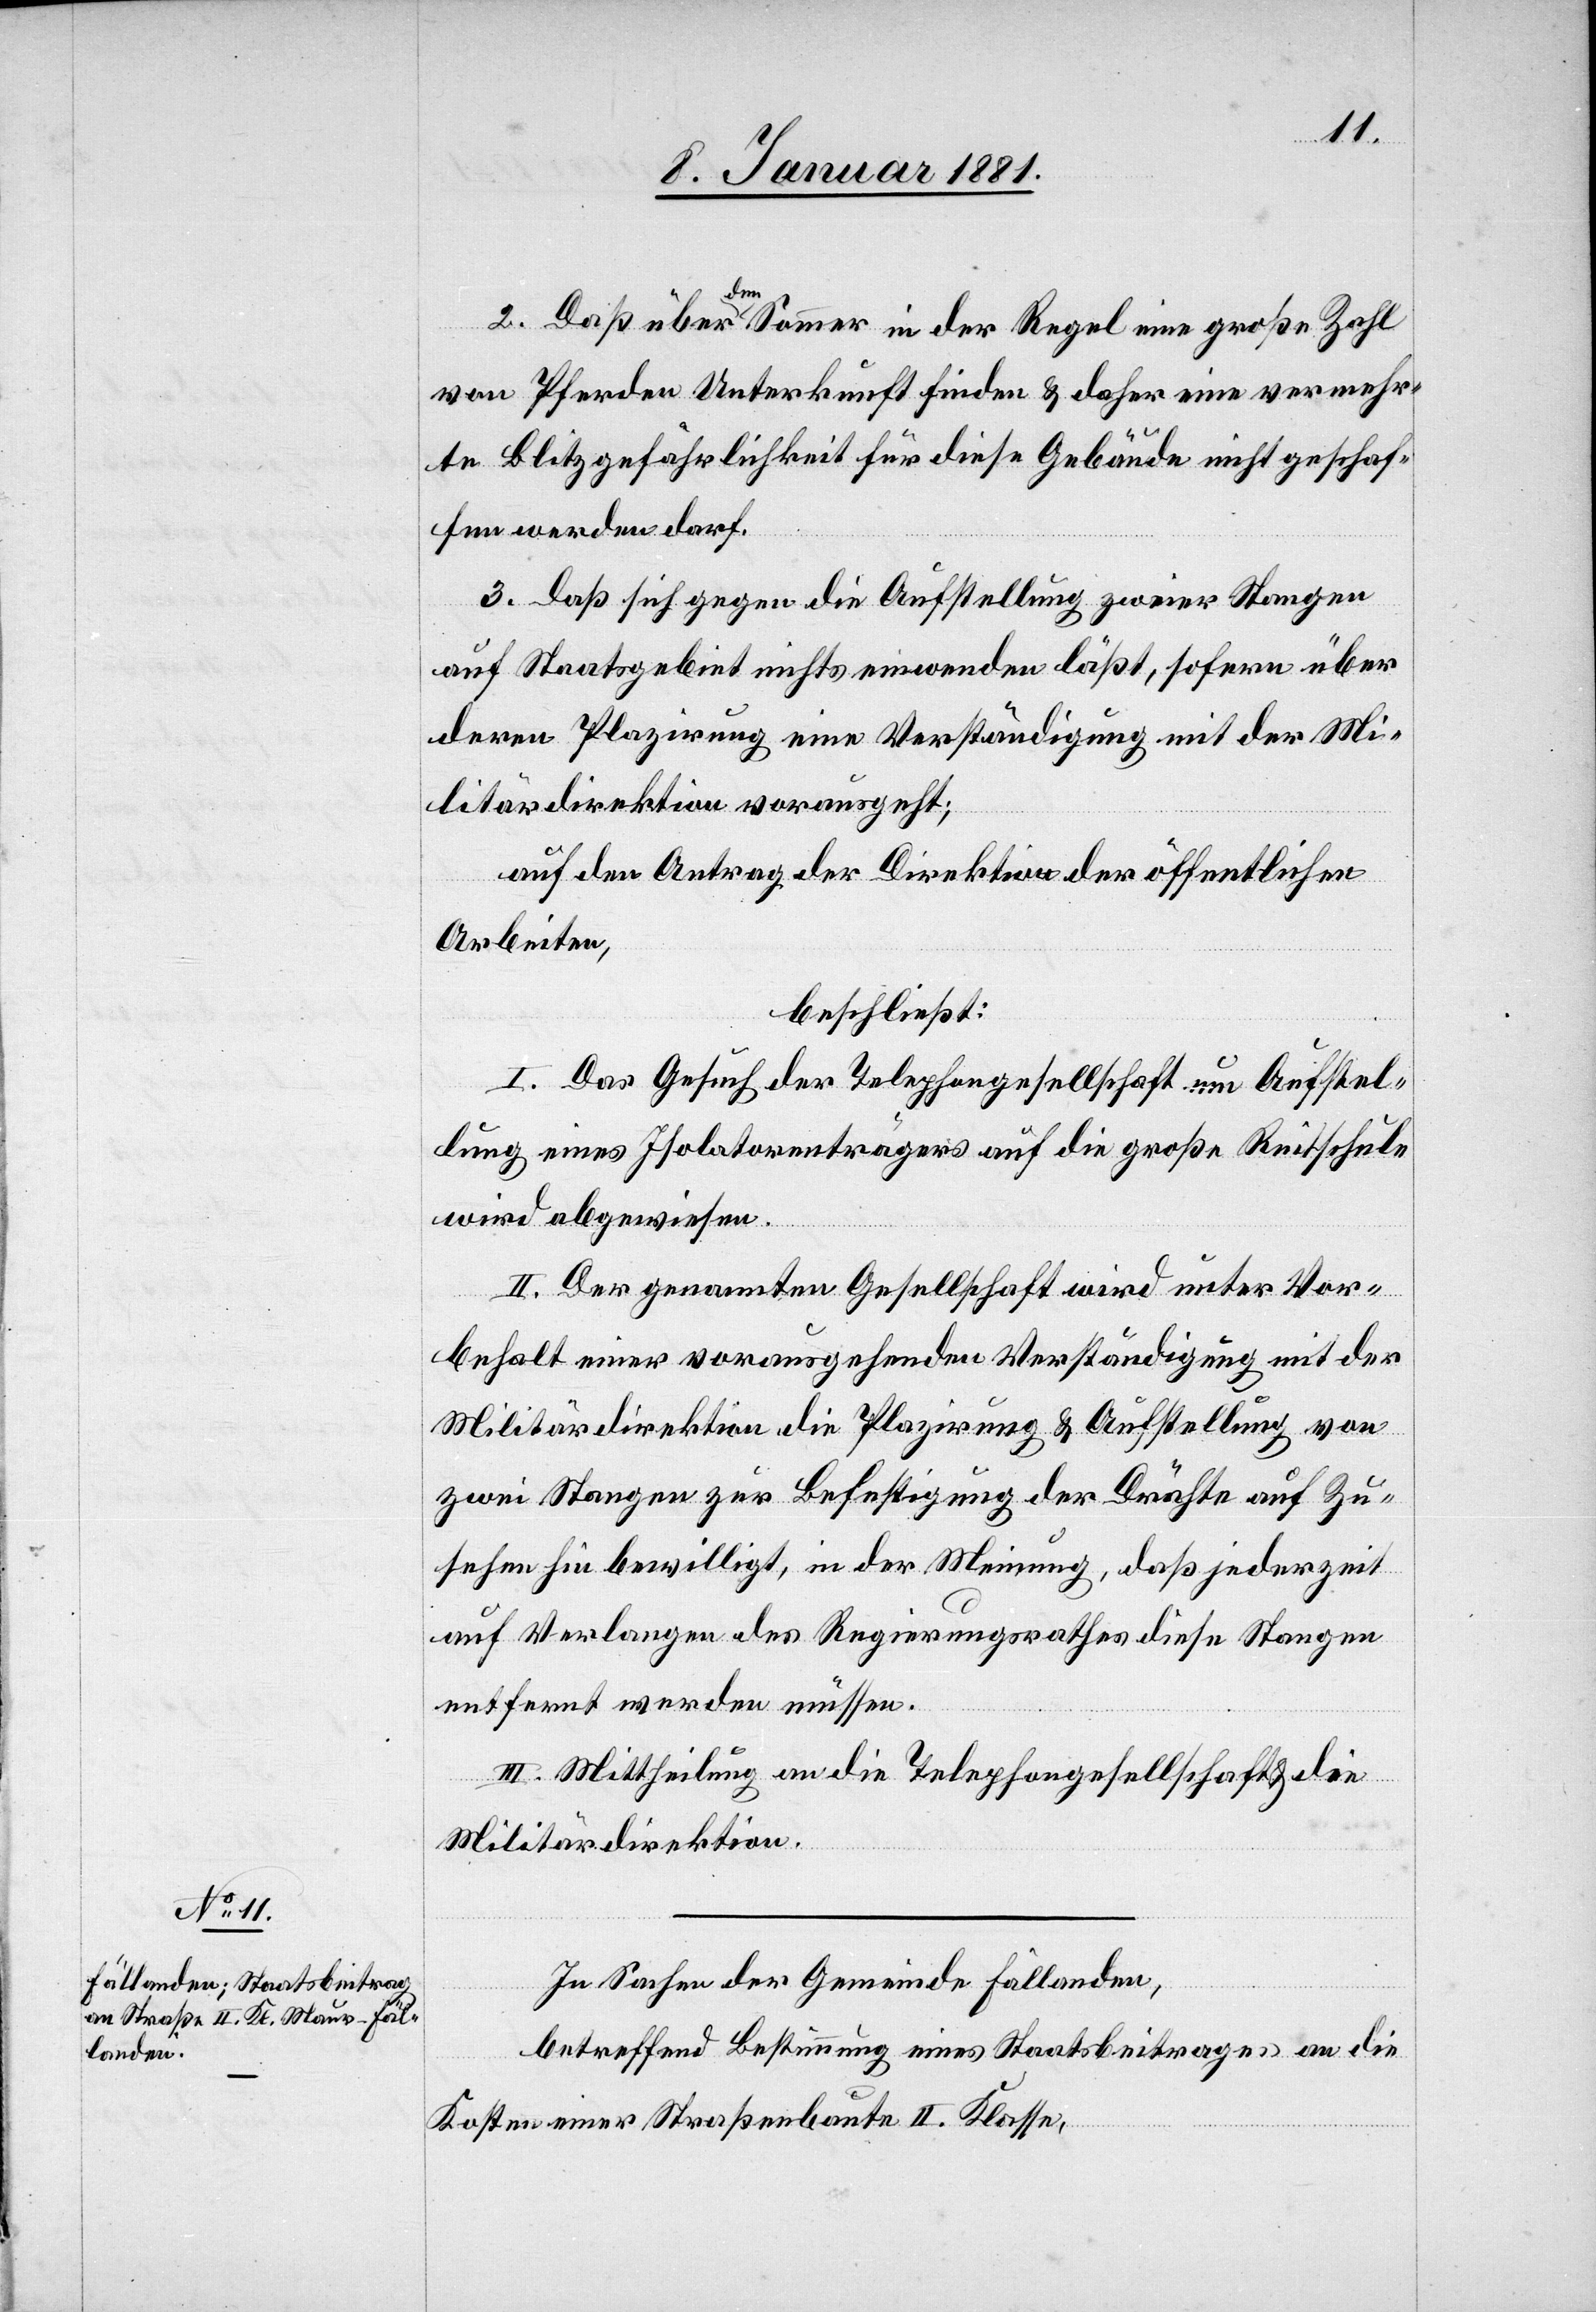
2. Daß über den Sommer in der Regel eine große Zahl
von Pferden Unterkunft finden & daher eine vermehr¬
te Blitzgefährlichkeit für diese Gebäude nicht geschaf¬
fen werden darf.
3. Daß sich gegen die Aufstellung zweier Stangen
auf Staatsgebiet nichts einwenden läßt, sofern über
deren Plazirung eine Verständigung mit der Mi¬
litärdirektion vorausgeht;
auf den Antrag der Direktion der öffentlichen
Arbeiten,
beschließt:
I. Das Gesuch der Telephongesellschaft um Aufstel¬
lung eines Isolatorenträgers auf die große Reitschule
wird abgewiesen.
II. Der genannten Gesellschaft wird unter Vor¬
behalt einer vorausgehenden Verständigung mit der
Militärdirektion die Plazirung & Aufstellung von
zwei Stangen zur Befestigung der Drähte auf Zu¬
sehen hin bewilligt, in der Meinung, daß jederzeit
auf Verlangen des Regierungsrathes diese Stangen
entfernt werden müssen.
III. Mittheilung an die Telephongesellschaft & die
Militärdirektion.
In Sachen der Gemeinde Fällanden,
betreffend Bestimmung eines Staatsbeitrages an die
Kosten einer Straßenbaute II. Klasse,